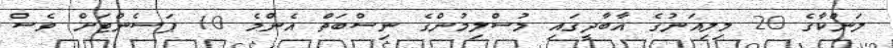
ލަންކާގެ 20 މިލިއަނުގެ އާބާދީގައި މުސްލިމުންގެ ނިސްބަތް އެންމެ 10 ޕަސެންޓަށް ވެސް